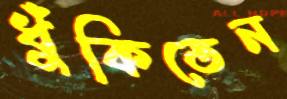
ধুঁকিতেন